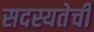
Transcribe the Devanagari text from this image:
सदस्यतेची